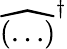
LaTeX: \widehat{(\ldots)}^{\dagger}